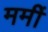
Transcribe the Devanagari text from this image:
मर्मी